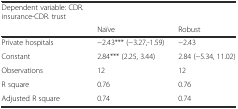
<table><thead><tr><td><b>Dependent variable: CDR. insurance-CDR. trust</b></td><td></td><td></td></tr><tr><td></td><td><b>Naïve</b></td><td><b>Robust</b></td></tr></thead><tbody><tr><td>Private hospitals</td><td>−2.43*** (−3.27,-1.59)</td><td>−2.43</td></tr><tr><td>Constant</td><td>2.84*** (2.25, 3.44)</td><td>2.84 (−5.34, 11.02)</td></tr><tr><td>Observations</td><td>12</td><td>12</td></tr><tr><td>R square</td><td>0.76</td><td>0.76</td></tr><tr><td>Adjusted R square</td><td>0.74</td><td>0.74</td></tr></tbody></table>